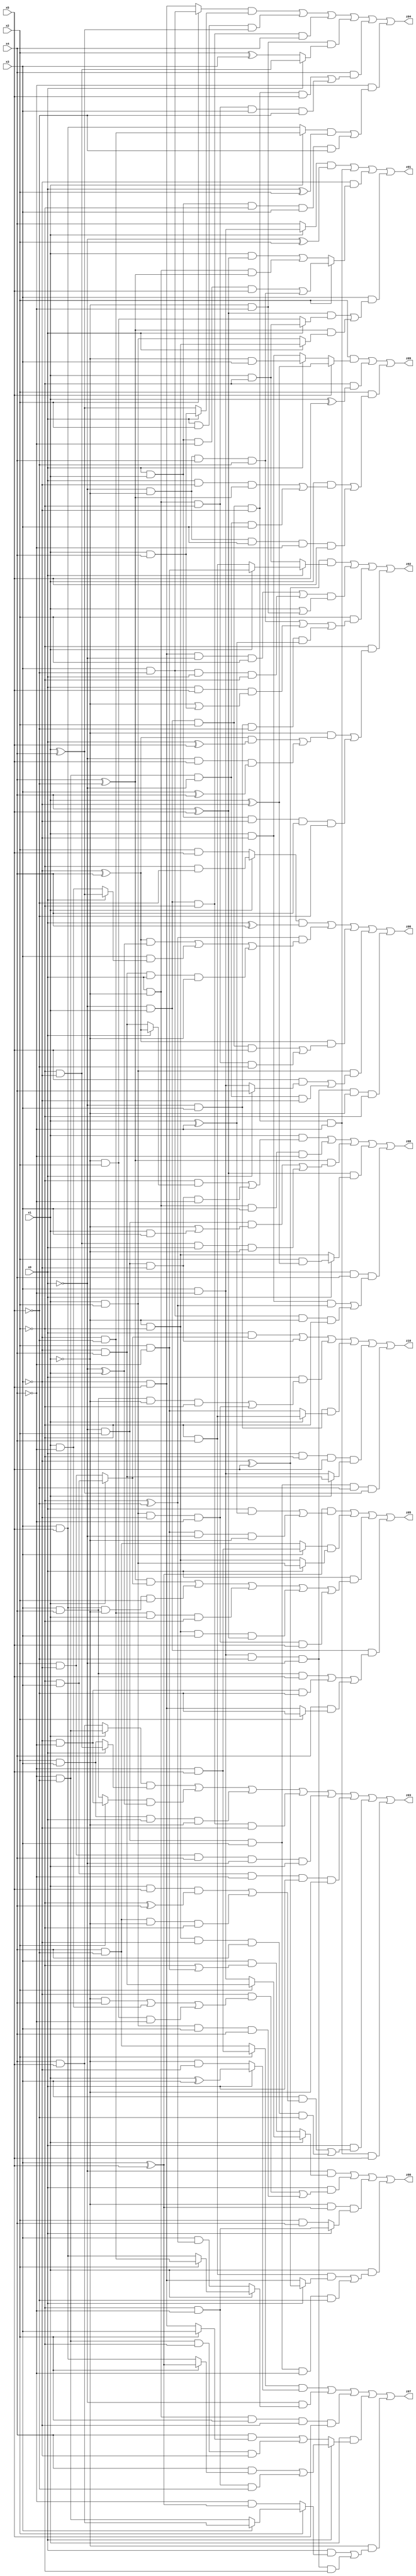
// Benchmark "X_64" written by ABC on Mon Jun 05 06:22:59 2023

module X_64 ( 
    x0, x1, x2, x3, x4, x5,
    z00, z01, z02, z03, z04, z05, z06, z07, z08, z09, z10  );
  input  x0, x1, x2, x3, x4, x5;
  output z00, z01, z02, z03, z04, z05, z06, z07, z08, z09, z10;
  assign z00 = (~x0 & (x1 ? (x2 ? (~x3 & x4) : (x3 & ~x4)) : (x3 & (~x2 | (x2 & ~x4))))) | (x0 & ((~x3 & ((~x1 & x4) | (x1 & ~x4) | (~x1 & x2 & ~x4))) | (x1 & x2 & x3 & x4))) | (~x1 & (x3 ^ x5) & (x0 ? (~x2 & ~x4) : (x2 & x4))) | (x1 & ((~x2 & x4 & (x0 ? (~x3 ^ x5) : (~x3 & x5))) | (~x0 & x2 & x3 & ~x4 & ~x5)));
  assign z01 = ((x1 ? (x3 & ~x4) : x4) & (~x0 ^ x2)) | (~x0 & x1 & x2 & ~x3 & ~x4) | (~x3 & (x2 ? ((x0 & x1 & ~x4 & x5) | (~x0 & ~x1 & x4 & ~x5)) : ((x1 & (x4 ^ x5)) | (x0 & ~x1 & (x4 ^ ~x5))))) | (x3 & (((x4 ^ x5) & (x0 ? (x1 & ~x2) : (~x1 & x2))) | ((x4 ^ ~x5) & (x0 ? (~x1 & ~x2) : (x1 & x2)))));
  assign z02 = ((~x3 ^ x5) & (x0 ? (x1 ? (x2 & ~x4) : (~x2 & x4)) : (x1 & ~x2))) | (((~x3 & x5 & ~x0 & x2) | (x3 & ~x5 & x0 & ~x2)) & (x1 | (~x1 & ~x4))) | (x2 & ((~x0 & ~x1 & x4 & ~x5) | (x0 & x5 & (~x1 | (x1 & x4))) | (~x0 & x3 & ~x5 & (x1 ^ ~x4)))) | (~x2 & ((~x1 & (((~x3 ^ x4) & (x0 ^ x5)) | (~x0 & x5 & (x3 ^ x4)))) | (x0 & x1 & ~x3 & x4 & ~x5)));
  assign z03 = ((x1 ? (~x4 & ~x5) : (x4 & x5)) & (x0 ? (~x2 & ~x3) : (x2 & x3))) | ((x2 ? (~x3 & ~x4) : (x3 & x4)) & (~x0 ^ x1)) | (x2 & x3 & x0 & ~x1) | (~x0 & x1 & ~x2 & ~x3) | (x2 & ~x3 & x4 & ~x0 & x1) | (~x2 & x3 & ~x4 & x0 & ~x1) | (x0 & ((x3 & ((x1 & x5 & (~x2 ^ x4)) | (x4 & ~x5 & ~x1 & ~x2))) | (~x1 & ~x2 & ~x3 & x4 & ~x5))) | (~x0 & x1 & x2 & ~x3 & ~x4 & x5);
  assign z04 = ((x2 ? (x3 & ~x5) : (~x3 & x5)) & (x0 ? (x1 & x4) : (x1 ^ x4))) | (x0 & x2 & (x1 ^ x4)) | (~x0 & x1 & ~x2 & x4) | (~x1 & ~x4 & (x0 ? (~x2 & ~x3) : (x2 ^ x3))) | (x4 & ((~x0 & x1 & x2 & ~x3 & x5) | (x0 & ~x1 & ~x2 & x3 & ~x5))) | (~x4 & (((x1 ? (~x3 & ~x5) : (x3 & x5)) & (x0 ^ x2)) | (x0 & x1 & ~x2 & x3 & ~x5)));
  assign z05 = ((x3 ^ x5) & ((x0 & (x1 ^ ~x4)) | (x2 & ~x4 & ~x0 & ~x1))) | ((x3 ? (~x4 & x5) : (x4 & ~x5)) & (x0 ? (x1 & x2) : (~x1 & ~x2))) | (x0 & (((x4 ^ ~x5) & (x1 ? (~x2 & x3) : (x2 & ~x3))) | (x3 & x5 & ~x1 & x2) | (~x3 & ~x5 & x1 & ~x2) | (~x1 & ~x2 & x3 & (x4 ^ x5)) | (x1 & x2 & ~x3 & ~x4 & x5))) | (~x0 & x1 & ((x3 & x4 & x5) | (~x3 & ~x4 & ~x5) | (x4 & (x2 ? ~x5 : (~x3 & x5)))));
  assign z06 = ((x1 ? (~x2 & ~x5) : (x2 & x5)) & (x0 ^ x4)) | ((~x2 ^ ~x5) & (((~x3 ^ x4) & (~x0 ^ x1)) | (x3 & (x0 ? (x1 ^ x4) : (x1 & ~x4))) | (~x3 & x4 & x0 & ~x1))) | ((~x3 ^ x4) & ((~x0 & x1 & x2 & x5) | (x0 & ~x1 & ~x2 & ~x5))) | (x1 & x2 & ((x5 & (x0 ? x4 : (x3 & ~x4))) | (~x4 & ~x5 & ~x0 & ~x3))) | (x3 & ~x4 & ~x5 & ~x0 & ~x1 & ~x2);
  assign z07 = ((x2 ? (~x4 & x5) : (x4 & ~x5)) & (x0 ? (x1 ^ x3) : (~x1 & ~x3))) | (~x0 & (x1 ? (x2 ? (~x3 & ~x5) : (x3 & x5)) : (x3 & (~x2 ^ ~x5)))) | (x0 & ~x1 & x2 & ~x3 & x5) | (x1 & (x0 ? ((x4 & (x2 ? (x3 ^ x5) : (x3 & x5))) | (~x2 & ~x4 & ~x5)) : ((x4 & (x2 ? x3 : (~x3 & x5))) | (~x4 & ~x5 & ~x2 & ~x3)))) | (~x1 & ((x0 & (x2 ? (x3 ? (x4 & x5) : (~x4 & ~x5)) : (~x4 & (x3 ^ x5)))) | (x3 & ~x4 & ~x5 & ~x0 & ~x2)));
  assign z08 = (x1 & ((~x2 & (x0 ? (~x3 ^ x4) : (~x3 & x4))) | (~x0 & x2 & ~x3 & ~x4))) | (x0 & ~x1 & x3 & ~x4) | ((x4 ^ ~x5) & ((~x0 & x2 & (~x1 | (x1 & x3))) | (~x2 & ~x3 & x0 & ~x1))) | ((x4 ^ x5) & (x0 ? (x2 & (x1 ^ ~x3)) : (~x1 & ~x2))) | (x0 & x4 & ((x1 & ~x3 & (~x2 ^ ~x5)) | (x3 & ~x5 & ~x1 & ~x2)));
  assign z09 = (x2 & (x5 ? (x1 ^ ~x3) : (x0 ? (~x1 & x3) : (x1 & ~x3)))) | (~x2 & (x1 ^ x5)) | (x2 & ((x1 & ((x0 & ~x3 & (x4 ^ ~x5)) | (~x4 & ~x5 & ~x0 & x3))) | (~x0 & ~x1 & x3 & ~x4 & x5)));
  assign z10 = (x0 & (x1 ? (~x2 & x3) : (x2 & ~x3))) | (~x0 & x2 & ~x3) | (x0 & ((x3 & x4 & ~x1 & ~x2) | (x1 & x2 & ~x3 & ~x4))) | (~x0 & x3 & (x1 ? (~x2 & x4) : (x2 & ~x4))) | (x0 & ~x2 & x5 & (x1 ? (~x3 & x4) : (x3 & ~x4))) | (~x0 & x2 & x3 & ~x5 & (x1 ^ x4));
endmodule